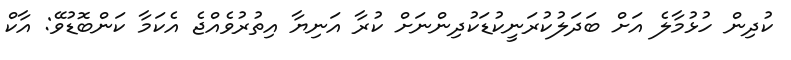
ކުދިން ހުޅުމާލެ އަށް ބަދަލުކުރަނީކުޑަކުދިންނަށް ކުރާ އަނިޔާ އިތުރުވެއްޖެ އެކަމާ ކަންބޮޑުވޭ: އާކް